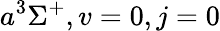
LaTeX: a^{3}\Sigma^{+},v=0,j=0